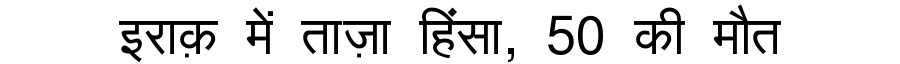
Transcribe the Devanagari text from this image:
इराक़ में ताज़ा हिंसा, 50 की मौत